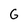
Character: G